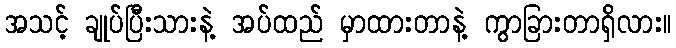
အသင့် ချုပ်ပြီးသားနဲ့ အပ်ထည် မှာထားတာနဲ့ ကွာခြားတာရှိလား။